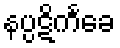
နပ္ပဋိကင်္ခေ